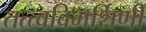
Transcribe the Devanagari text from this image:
तत्त्वविमर्शिणी